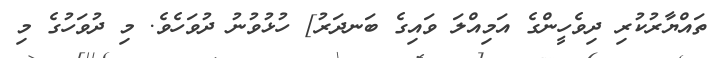
ތައްޔާރުކުރި ދިވެހީންގެ އަމިއްލަ ވައިގެ ބަނދަރު] ހުޅުވުނު ދުވަހެވެ. މި ދުވަހުގެ މި